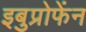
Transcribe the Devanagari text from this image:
इबुप्रोफेंन